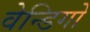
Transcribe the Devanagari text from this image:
वेन्डिगो